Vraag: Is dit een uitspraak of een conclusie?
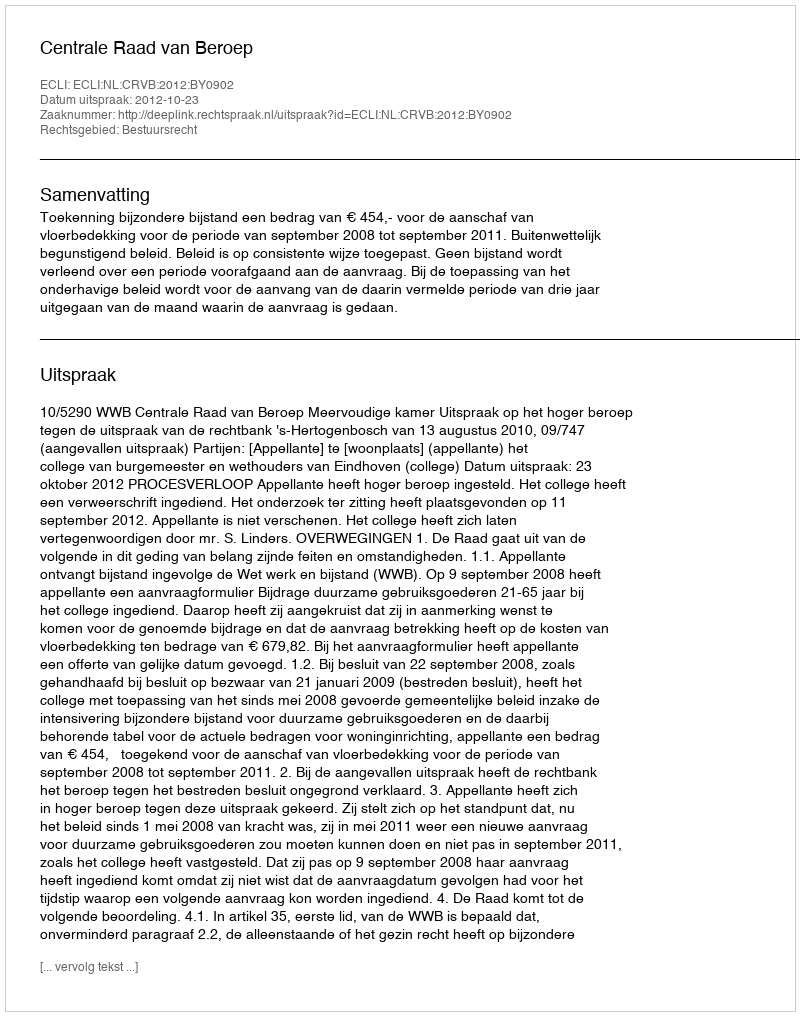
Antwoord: Uitspraak